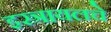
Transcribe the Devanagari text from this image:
इस्त्रायलचे